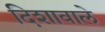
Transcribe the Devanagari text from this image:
दिशावाले